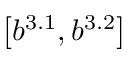
\left[ b ^ { 3 . 1 } , b ^ { 3 . 2 } \right]